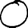
Digit: 0